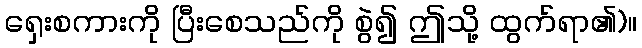
ရှေးစကားကို ပြီးစေသည်ကို စွဲ၍ ဤသို့ ထွက်ရာ၏)။